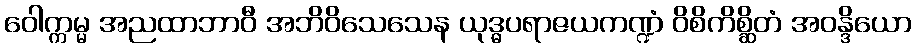
ဝေါက္ကမ္မ အညထာဘာဝီ အဘိဝိသေသေန ယုဒ္ဓပရာဇယကဏ္ဍံ ဝိစိကိစ္ဆိတံ အဝန္ဒိယော